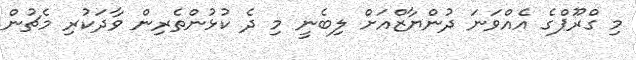
މި ގްރޫޕްގެ އެއްވަނަ ދުންޔާޒްއަށް ލިބެނީ މި ދެ ކުޅުންތެރިން ވާދަކުރި މެޗުން